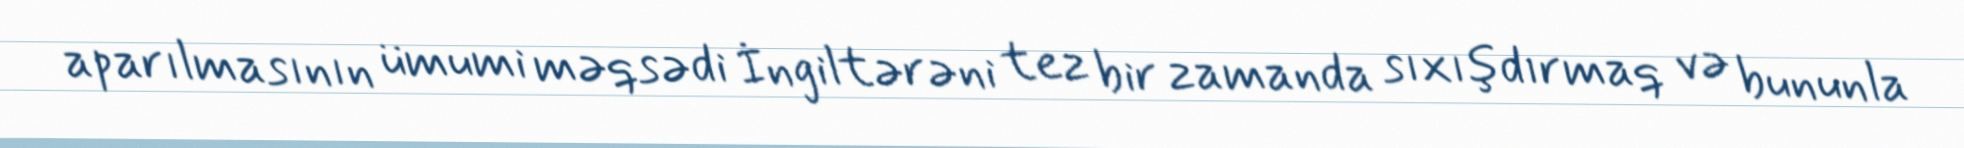
aparılmasının ümumi məqsədi İngiltərəni tez bir zamanda sıxışdırmaq və bununla